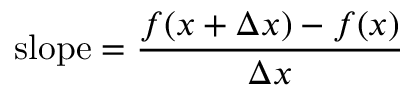
{ \mathrm { s l o p e } } = { \frac { f ( x + \Delta x ) - f ( x ) } { \Delta x } }